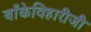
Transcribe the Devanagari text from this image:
बाँकेविहारीजी